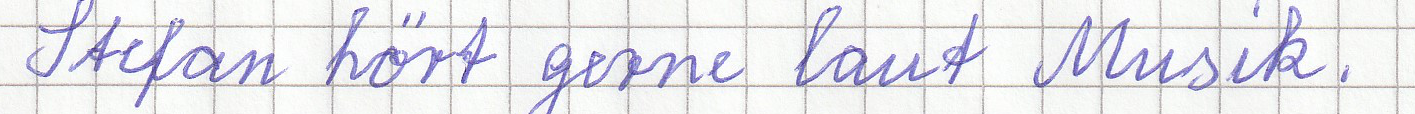
Stefan hört gerne laut Musik.